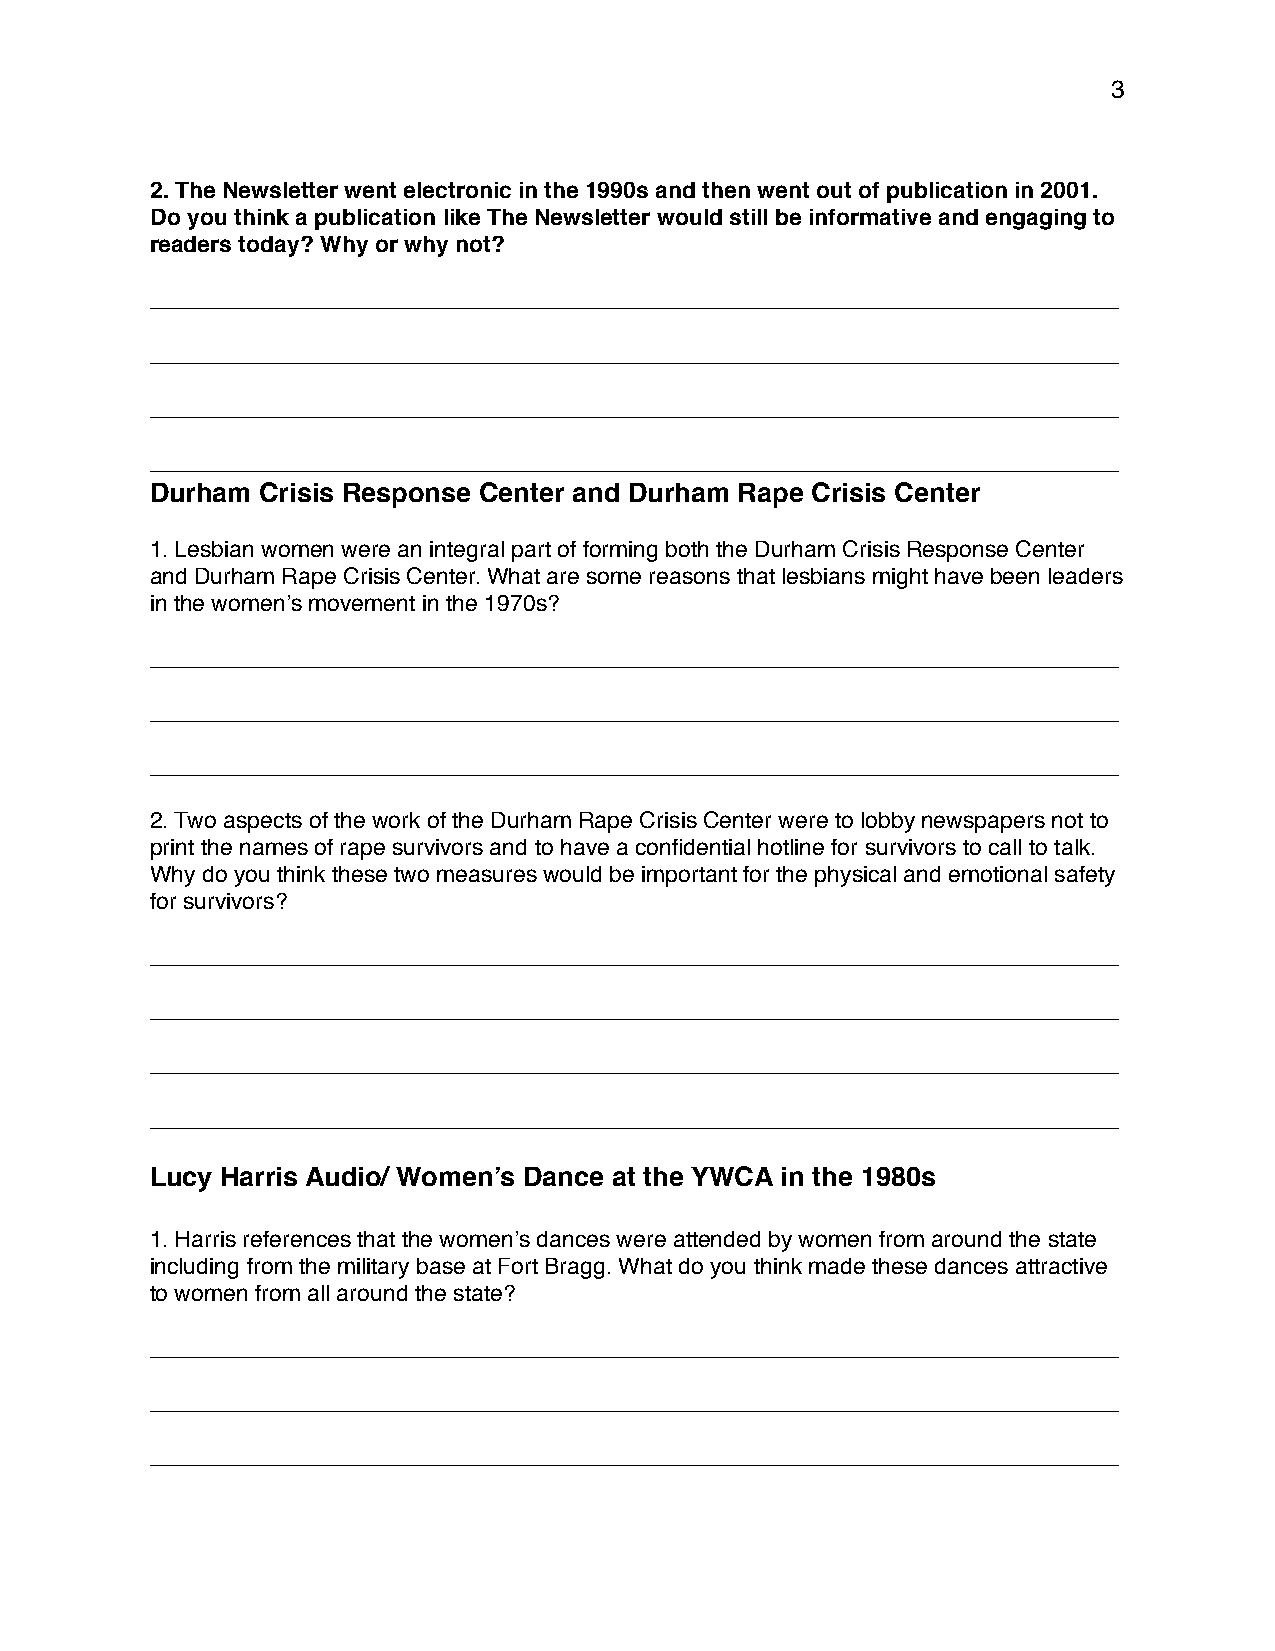
3
 2. The Newsletter went electronic in the 1990s and then went out of publication in 2001.
 Do you think a publication like The Newsletter would still be informative and engaging to
 readers today? Why or why not?
 ____________________________________________________________________________
 ____________________________________________________________________________
 ____________________________________________________________________________
 ____________________________________________________________________________
 Durham Crisis Response Center and Durham Rape Crisis Center
 1. Lesbian women were an integral part of forming both the Durham Crisis Response Center
 and Durham Rape Crisis Center. What are some reasons that lesbians might have been leaders
 in the women’s movement in the 1970s?
 ____________________________________________________________________________
 ____________________________________________________________________________
 ____________________________________________________________________________
 2. Two aspects of the work of the Durham Rape Crisis Center were to lobby newspapers not to
 print the names of rape survivors and to have a confidential hotline for survivors to call to talk.
 Why do you think these two measures would be important for the physical and emotional safety
 for survivors?
 ____________________________________________________________________________
 ____________________________________________________________________________
 ____________________________________________________________________________
 ____________________________________________________________________________
 Lucy Harris Audio/ Women’s Dance at the YWCA in the 1980s
 1. Harris references that the women’s dances were attended by women from around the state
 including from the military base at Fort Bragg. What do you think made these dances attractive
 to women from all around the state?
 ____________________________________________________________________________
 ____________________________________________________________________________
 ____________________________________________________________________________